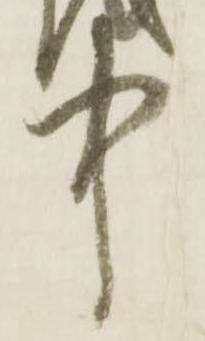
中